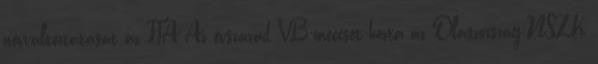
névváltoztatását az FIA Az évszázad VB-meccsét hozta az Olaszország-NSZK